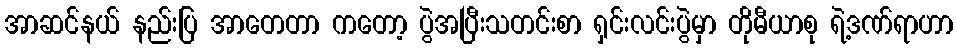
အာဆင်နယ် နည်းပြ အာတေတာ ကတော့ ပွဲအပြီးသတင်းစာ ရှင်းလင်းပွဲမှာ တိုမီယာစု ရဲ့ဒဏ်ရာဟာ